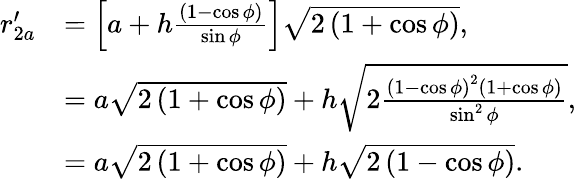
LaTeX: \begin{array}{rl}{r_{2a}^{\prime}}&{=\left[a+h\frac{\left(1-\cos{\phi}\right)}{\sin{\phi}}\right]\sqrt{2\left(1+\cos{\phi}\right)},}\\ &{=a\sqrt{2\left(1+\cos{\phi}\right)}+h\sqrt{2\frac{\left(1-\cos{\phi}\right)^{2}\left(1+\cos{\phi}\right)}{\sin^{2}{\phi}}},}\\ &{=a\sqrt{2\left(1+\cos{\phi}\right)}+h\sqrt{2\left(1-\cos{\phi}\right)}.}\end{array}